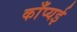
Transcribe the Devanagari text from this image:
काँप्यई